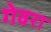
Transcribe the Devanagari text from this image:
गेवरा